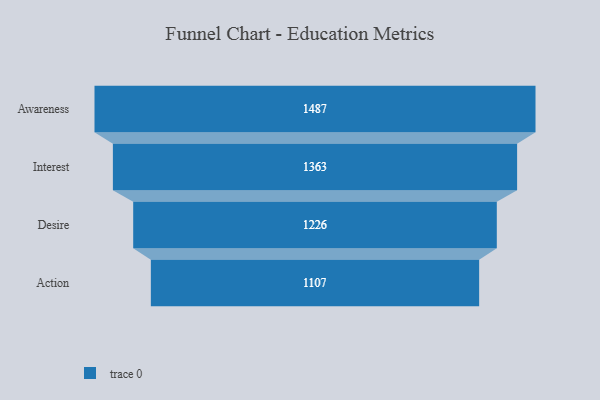
{"axis": {"x": "Stage", "y": "Value"}, "legend": [""], "data": [{"x": "Awareness", "y": 1487.0, "type": ""}, {"x": "Interest", "y": 1363.0, "type": ""}, {"x": "Desire", "y": 1226.0, "type": ""}, {"x": "Action", "y": 1107.0, "type": ""}]}